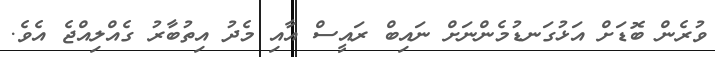
ވުރެން ބޮޑަށް އަޅުގަނޑުމެންނަށް ނައިބް ރައީސް އާއި މެދު އިތުބާރު ގެއްލިއްޖެ އެވެ.